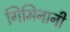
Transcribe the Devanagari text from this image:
गिमिनानी